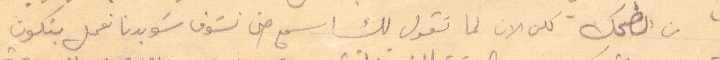
من الضحك كلن الان لما تقول لك اسمع حتى نشوف شو بدنا نعمل يتكون